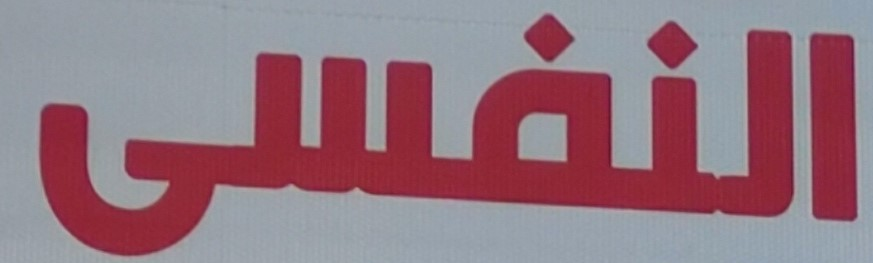
النفيى